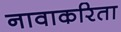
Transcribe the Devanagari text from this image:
नावाकरिता